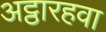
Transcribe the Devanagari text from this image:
अट्ठारहवा